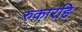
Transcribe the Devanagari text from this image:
रुकारहि